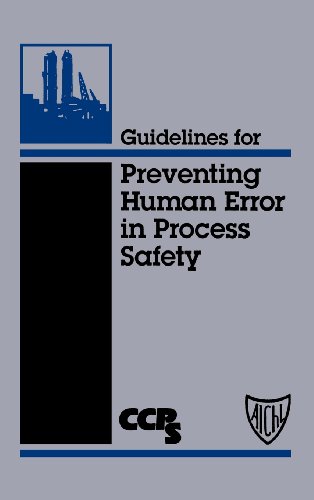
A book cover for Guidelines for Preventing Human Error in Process Safety; CCPS (Center for Chemical Process Safety); Science & Math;